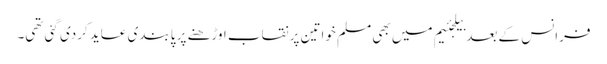
فرانس کے بعد بیلجئیم میں بھی مسلم خواتین پر نقاب اوڑھنے پر پابندی عاید کردی گئی تھی۔